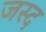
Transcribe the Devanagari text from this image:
जस्द